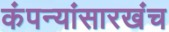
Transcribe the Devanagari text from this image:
कंपन्यांसारखंच